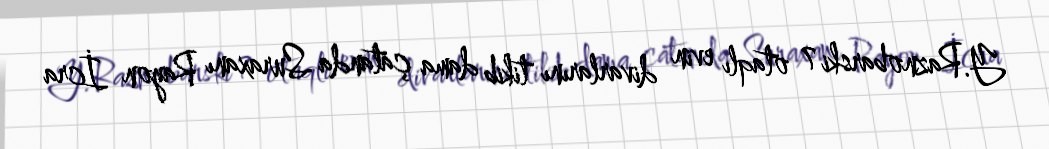
Y.Raznobarski 7 otaqlı evin divarlarını tikib dama çatanda Suraxanı Rayon İcra